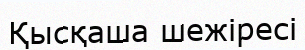
Қысқаша шежіресі